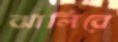
ঝালিবে